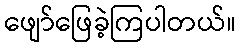
ဖျော်ဖြေခဲ့ကြပါတယ်။